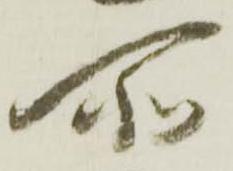
所